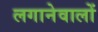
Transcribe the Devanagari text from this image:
लगानेवालों